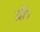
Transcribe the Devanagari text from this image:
द्वी॰